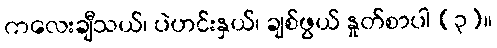
ကလေးချီသယ်၊ ပဲဟင်းနှယ်၊ ချစ်ဖွယ် နှုတ်စာပါ (၃)။